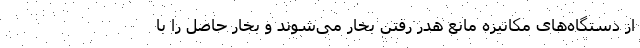
از دستگاه‌های مکانیزه مانع هدر رفتن بخار می‌شوند و بخار حاصل را با